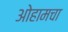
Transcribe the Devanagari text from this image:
ओहामचा